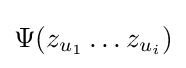
\Psi (z_{u_{1}}\ldots z_{u_{i}})